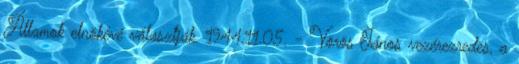
Államok elnökévé választják. 1944.11.05. - Vörös János vezérezredes, a